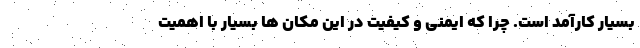
بسیار کارآمد است. چرا که ایمنی و کیفیت در این مکان ها بسیار با اهمیت